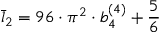
\bar { l } _ { 2 } = 9 6 \cdot \pi ^ { 2 } \cdot b _ { 4 } ^ { ( 4 ) } + { \frac { 5 } { 6 } }